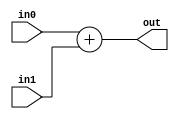
module coreir_add #(
    parameter width = 1
) (
    input [width-1:0] in0,
    input [width-1:0] in1,
    output [width-1:0] out
);
  assign out = in0 + in1;
endmodule

module corebit_const #(
    parameter value = 1
) (
    output out
);
  assign out = value;
endmodule

module Add4_cin (
    input [3:0] I0,
    input [3:0] I1,
    output [3:0] O,
    input CIN
);
wire bit_const_0_None_out;
wire [3:0] coreir_add4_inst0_out;
wire [3:0] coreir_add4_inst1_out;
corebit_const #(
    .value(1'b0)
) bit_const_0_None (
    .out(bit_const_0_None_out)
);
coreir_add #(
    .width(4)
) coreir_add4_inst0 (
    .in0(coreir_add4_inst1_out),
    .in1(I1),
    .out(coreir_add4_inst0_out)
);
wire [3:0] coreir_add4_inst1_in0;
assign coreir_add4_inst1_in0 = {bit_const_0_None_out,bit_const_0_None_out,bit_const_0_None_out,CIN};
coreir_add #(
    .width(4)
) coreir_add4_inst1 (
    .in0(coreir_add4_inst1_in0),
    .in1(I0),
    .out(coreir_add4_inst1_out)
);
assign O = coreir_add4_inst0_out;
endmodule